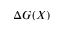
\Delta G ( X )